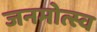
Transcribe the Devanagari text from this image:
जनमोत्स्व